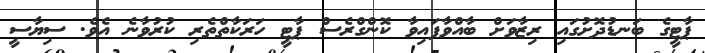
ޕާޓީގެ ބަނޑުދޮށުގައި ރިޒާވަށް ބާއްވާފައިވާ ކޮންގްރެސް ޕާޓީ ހަރަކާތްތެރި ކުރުވާނެ އެވެ. ސިޔާސީ